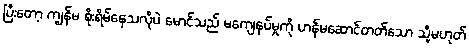
ပြီးတော့ ကျွန်မ စိုးရိမ်နေသလိုပဲ မောင်သည် မကျေနပ်မှုကို ဟန်မဆောင်တတ်သော သို့မဟုတ်